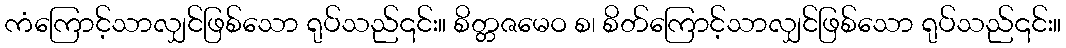
ကံကြောင့်သာလျှင်ဖြစ်သော ရုပ်သည်၎င်း။ စိတ္တဇမေဝ စ၊ စိတ်ကြောင့်သာလျှင်ဖြစ်သော ရုပ်သည်၎င်း။